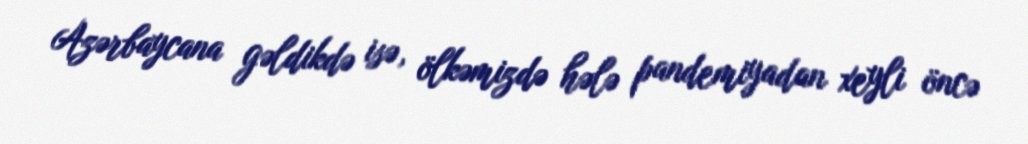
Azərbaycana gəldikdə isə, ölkəmizdə hələ pandemiyadan xeyli öncə